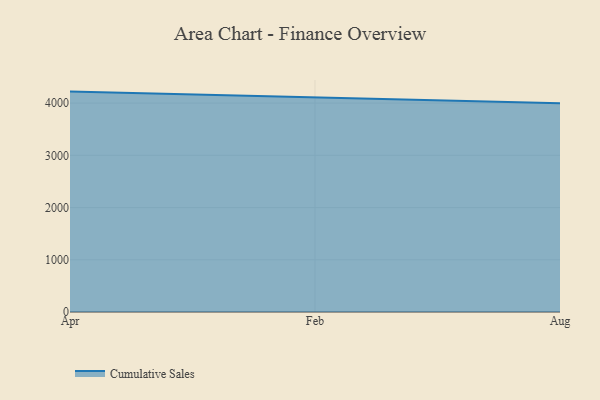
{"axis": {"x": "Month", "y": "Demand Index"}, "legend": ["Cumulative Sales"], "data": [{"x": "Apr", "y": 4219.7, "type": "Cumulative Sales"}, {"x": "Feb", "y": 4113.1, "type": "Cumulative Sales"}, {"x": "Aug", "y": 3994.6, "type": "Cumulative Sales"}]}